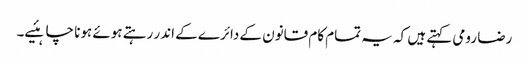
رضا رومی کہتے ہیں کہ یہ تمام کام قانون کے دائرے کے اندر رہتے ہوئے ہونا چاہئیے۔